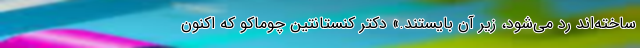
ساخته‌اند رد می‌شود، زیر آن بایستند.» دکتر کنستانتین چوماکو که اکنون